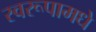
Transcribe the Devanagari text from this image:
स्वरूपामधे